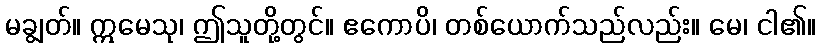
မချွတ်။ ဣမေသု၊ ဤသူတို့တွင်။ ဧကောပိ၊ တစ်ယောက်သည်လည်း။ မေ၊ ငါ၏။